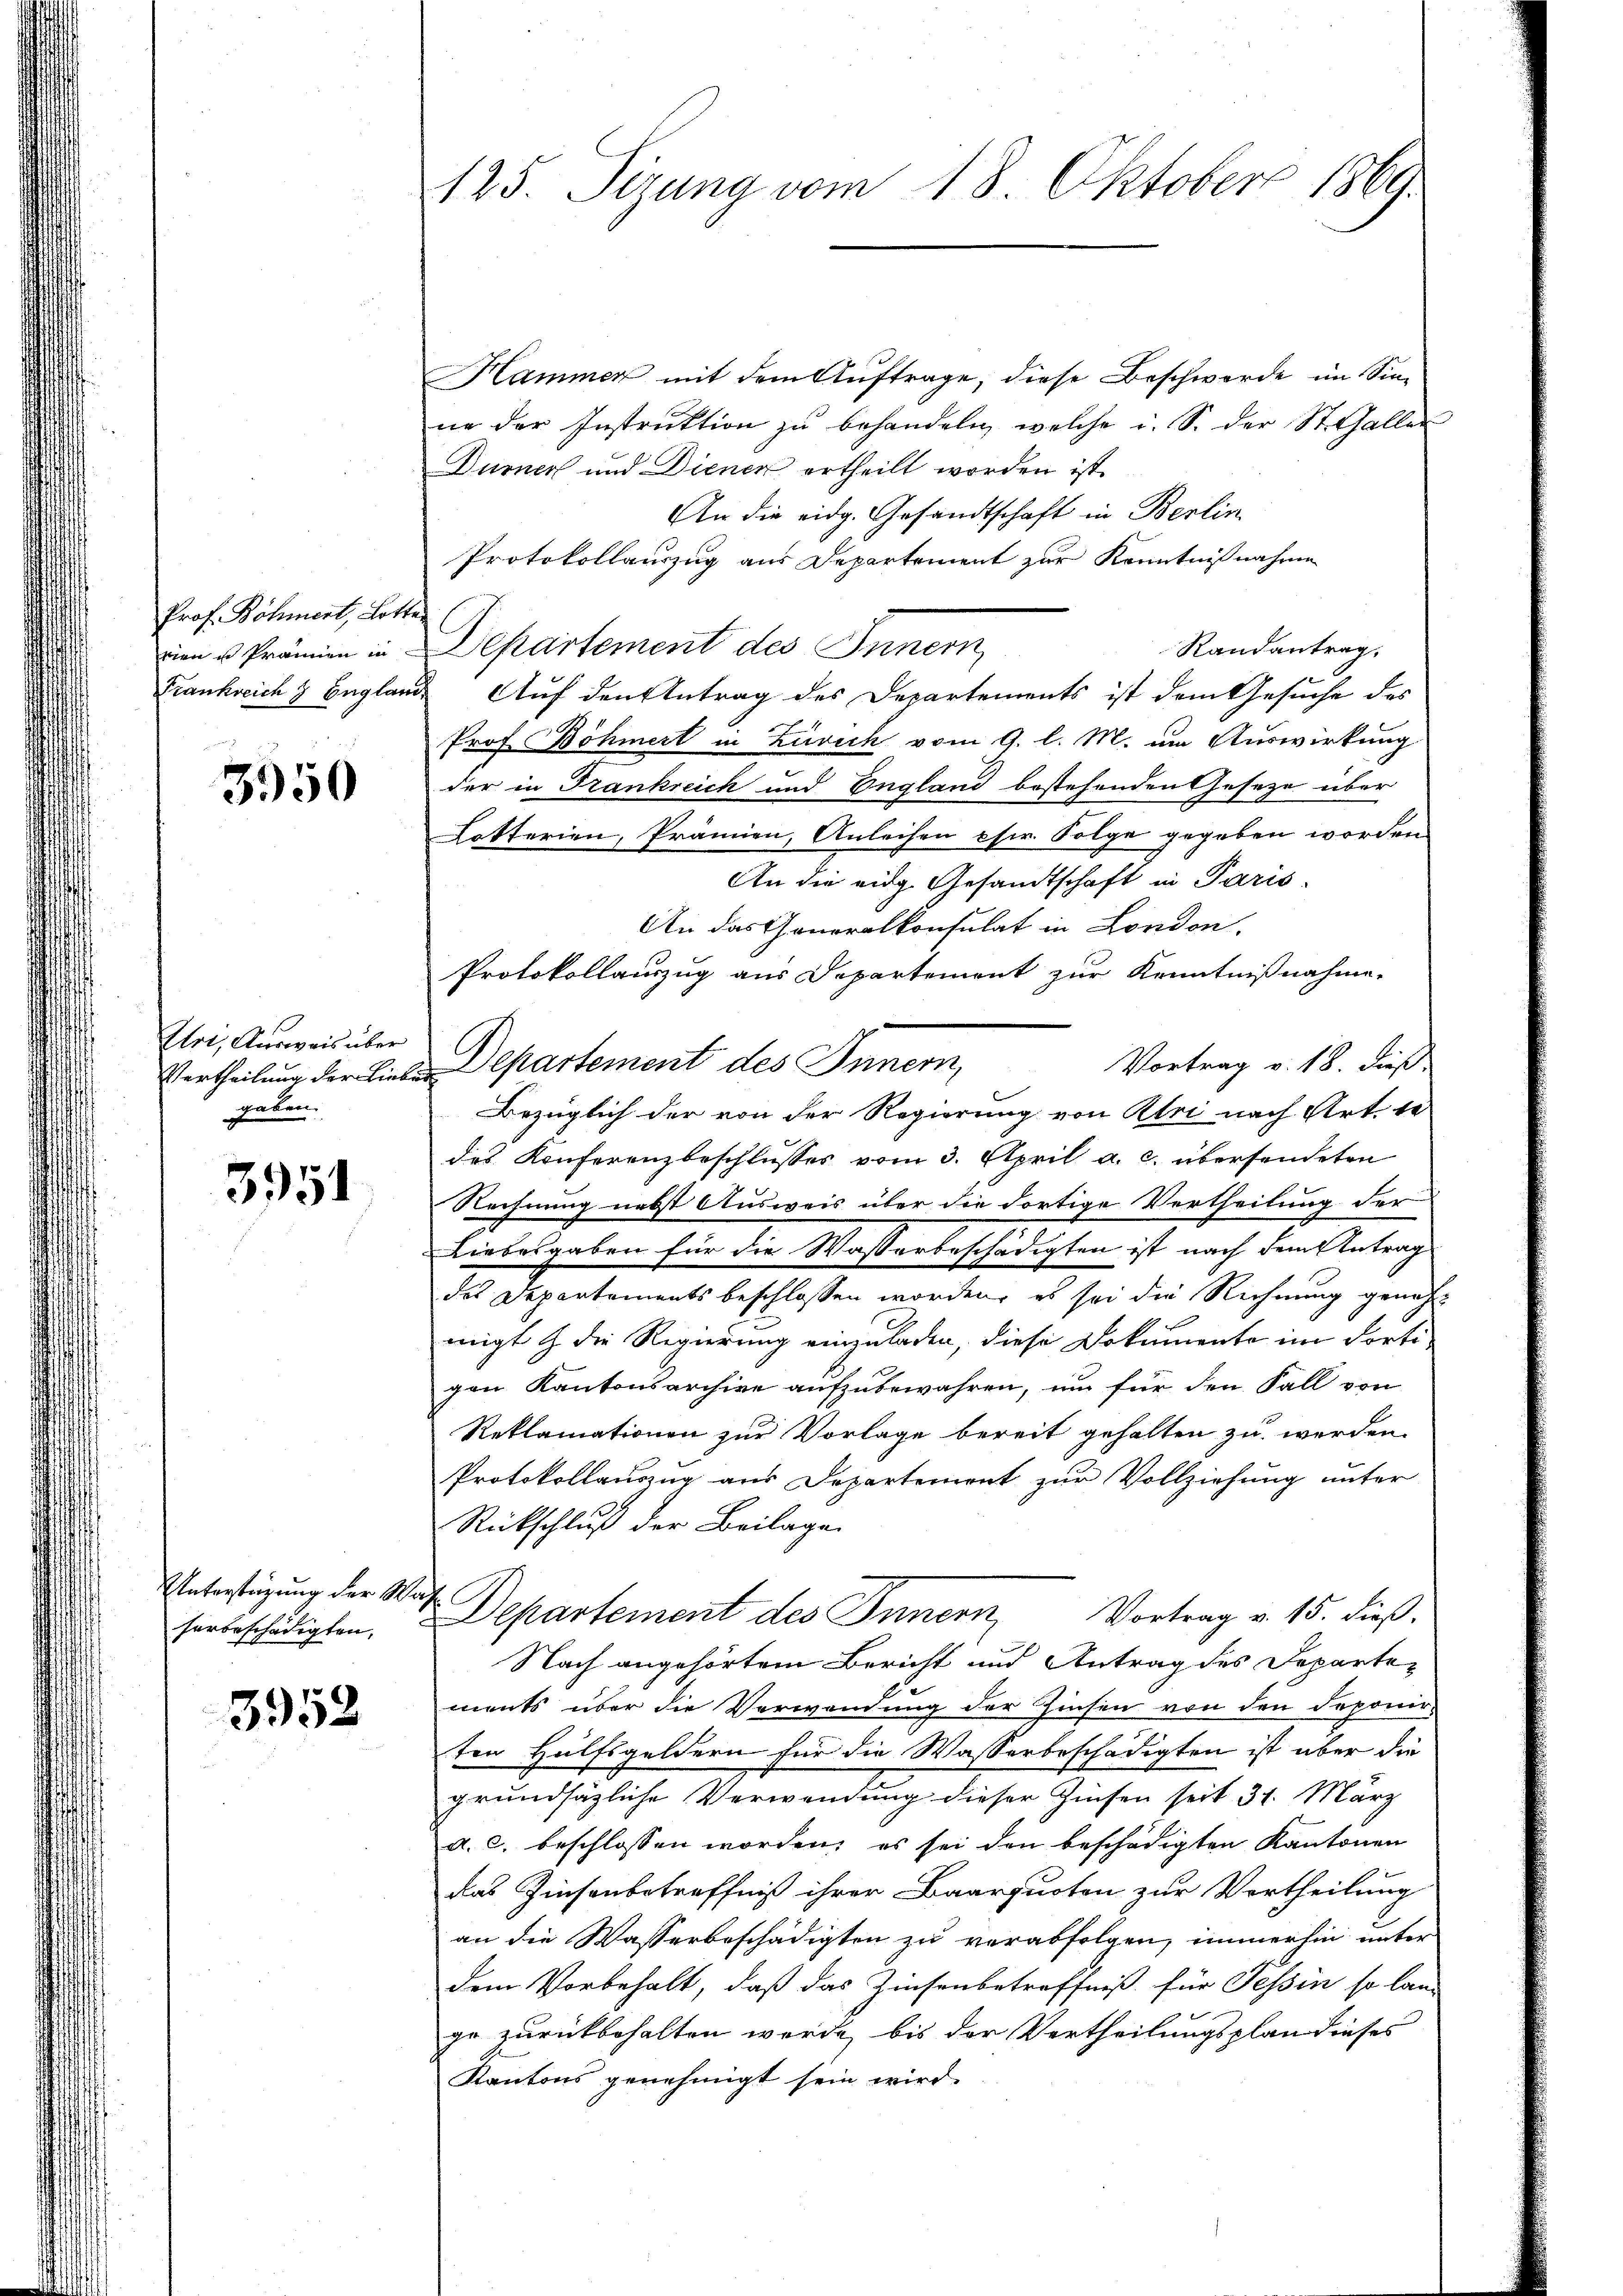
Prof. Böhmert, Lotter

3950

Uri, Ausweis über
gaben.

3951

Unterstüzung der Wah

3952

125. Sizung vom 18. Oktober 1869

Hammer mit dem Auftrage, diese Beschwerde im Sin-
ne der Instruktion zu behandeln, welche u. S. der St. Galler
Durner und Dienen ertheilt worden ist.
An die eidg. Gesandtschaft in Berlin
Protokollauszug aus Departement zur Kenntnißnahme
Randantrag,
i u Prämien in Departement des Innern,
Frankreich & England Auf den Antrag des Departements ist dem Gesuche des
Prof Böhmert in Zürich vom 9. l. M. um Auswirkung
der in Frankreich und England bestehenden Geseze über
Lotterien, Prämien, Anleihen estr. Folge gegeben worden.
An die eidg. Gesandtschaft in Paris.
An das Generalkonsulat in London.
Protokollauszug aus Departement zur Kenntnißnahme,
Vortrag v. 18. dieß
Vertheilung der Liebendepartement des Innern,
Bezüglich der von der Regierung von Abri nach Art. 10
des Konferenzbeschlusses vom 3. April a. c. übersendeten
Rechnung nebst Ausweis über die dortige Vertheilung der
Liebesgaben für die Wasserbeschädigten ist nach dem Antrag
des Departements beschlossen worden, es sei die Rechnung genohmigt & die Regierung einzuladen, diese Dokumente im Forti-
gen Kantonsarchive aufzubewahren, um für den Fall von
Reklamationen zur Vorlage bereit gehalten zu werden.
Protokollauszug aus Departement zur Vollziehung unter
Rückschluß der Beilage.
Vortrag v. 15. dieß.
serbeschädigten, Departement des Innern
Nach angehörtem Bericht und Antrag des Departements über die Verwendung der Zinsen von den Deponirten Hülfsgeldern für die Wasserbeschädigten ist über die
grundsätzliche Verwendung dieser Zinsen seit 31. März
a. c. beschlossen worden; es sei den beschädigten Kantonen
das Zinsenbetreffniß ihrer Baarquoten zur Vertheilung
an die Wasserbeschädigten zu verabfolgen, immerhin unter
dem Vorbehalt, daß das Zinsenbetreffniß für Tessin so lang
ge zurückbehalten werde, bis der Vertheilungsplan dieses
Kantons genehmigt sein wird.